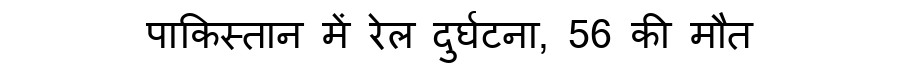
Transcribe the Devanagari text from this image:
पाकिस्तान में रेल दुर्घटना, 56 की मौत